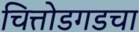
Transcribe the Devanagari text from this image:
चित्तोडगडचा